Vaccination report Assam 1874-1896 - 1874-1896
Year: 1874
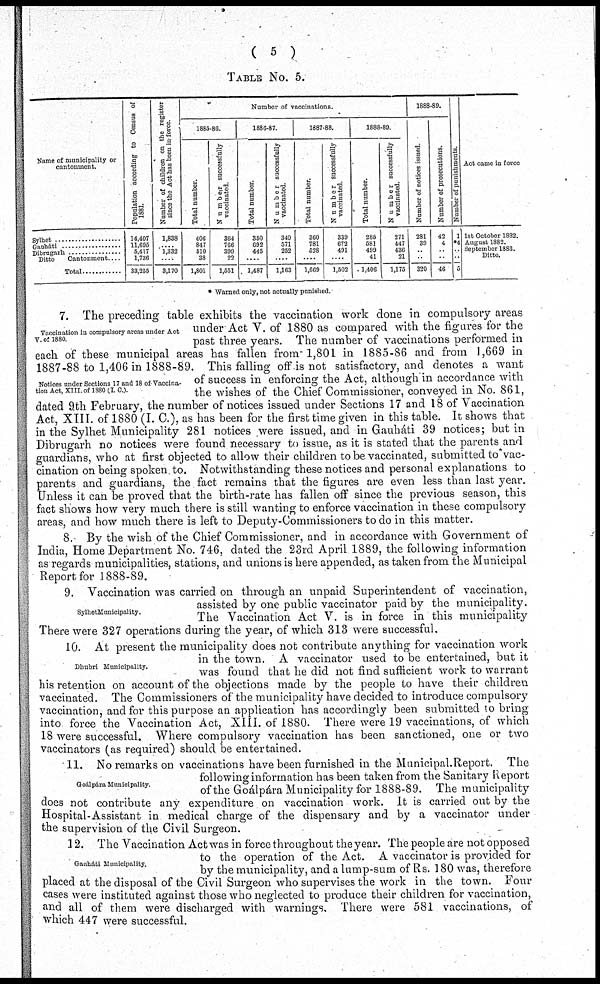
( 5 )
TABLE No. 5.
Name of municipality or
cantonment.
Sylhet ..................
Gauháti ...............
Dibrugarh ...............
Ditto
Cantonment ....
Total ............
Population according to Census of
1881.
14,407
11,695
5,417
1,736
38,255
Number of children on the register
since the Act has been in force.
1,888
..... 1,832
....
3,170
Number of vaccinations.
1885-86.
Total number.
406
847
510
38
1,801
Number successfully
vaccinated.
364
766
399
22
1,551
1886-87.
Total number.
350
692
445
....
1,487
Number successfully
vaccinated.
340
571
252
....
1,163
1887-88.
Total number.
360
781
528
....
1,669
Number successfully
vaccinated
339
672
491
...
1,502
1888-89
Total number.
285
581
499
41
1,406
Number successfully
vaccinated
271
447
436
21
1,175
1888-89.
Number of notices issued
281
39
.. ..
320
Number of prosecutions.
42
4
.. ..
46
Number of punishments.
1
*4
.. ..
5
Act came in force
1st October 1882.
August 1882.
September 1883.
Ditto.
* Warned only, not actually punished.
Vaccination in compulsory areas under Act
V. of 1880.
Notices under Sections 17 and 18 of Vaccina-
tion Act, XIII. of 1880 (I. C.).
7. The preceding table exhibits the vaccination work done in compulsory areas
under Act V. of 1880 as compared with the figures for the
past three years. The number of vaccinations performed in
each of these municipal areas has fallen from 1,801 in 1885-86 and from 1,669 in
1887-88 to 1,406 in 1888-89. This falling off is not satisfactory, and denotes a want
of success in enforcing the Act, although in accordance with
the wishes of the Chief Commissioner, conveyed in No. 861,
dated 9th February, the number of notices issued under Sections 17 and 18 of Vaccination
Act, XIII. of 1880 (I. C), as has been for the first time given in this table. It shows that
in the Sylhet Municipality 281 notices were issued, and in Gauháti 39 notices; but in
Dibrugarh no notices were found necessary to issue, as it is stated that the parents and
guardians, who at first objected to allow their children to be vaccinated, submitted to vac-
cination on being spoken to. Notwithstanding these notices and personal explanations to
parents and guardians, the fact remains that the figures are even less than last year.
Unless it can be proved that the birth-rate has fallen off since the previous season, this
fact shows how very much there is still wanting to enforce vaccination in these compulsory
areas, and how much there is left to Deputy-Commissioners to do in this matter.
8. By the wish of the Chief Commissioner, and in accordance with Government of
India, Home Department No. 746, dated the 23rd April 1889, the following information
as regards municipalities, stations, and unions is here appended, as taken from the Municipal
Report for 1888-89.
SylhetMunicipality.
9. Vaccination was carried on through an unpaid Superintendent of vaccination,
assisted by one public vaccinator paid by the municipality.
The Vaccination Act V. is in force in this municipality
There were 327 operations during the year, of which 313 were successful.
Dhubri Municipality.
10. At present the municipality does not contribute anything for vaccination work
in the town. A vaccinator used to be entertained, but it
was found that he did not find sufficient work to warrant
his retention on account of the objections made by the people to have their children
vaccinated. The Commissioners of the municipality have decided to introduce compulsory
vaccination, and for this purpose an application has accordingly been submitted to bring
into force the Vaccination Act, XIII. of 1880. There were 19 vaccinations, of which
18 were successful. Where compulsory vaccination has been sanctioned, one or two
vaccinators (as required) should be entertained.
Goálpára Municipality
11. No remarks on vaccinations have been furnished in the Municipal Report. The
following information has been taken from the Sanitary Report
of the Goálpára Municipality for 1888-89. The municipality
does not contribute any expenditure on vaccination work. It is carried out by the
Hospital-Assistant in medical charge of the dispensary and by a vaccinator under
the supervision of the Civil Surgeon.
Gauháti Municipality.
12. The Vaccination Act was in force throughout the year. The people are not opposed
to the operation of the Act. A vaccinator is provided for
by the municipality, and a lump-sum of Rs. 180 was, therefore
placed at the disposal of the Civil Surgeon who supervises the work in the town. Four
cases were instituted against those who neglected to produce their children for vaccination,
and all of them were discharged with warnings. There were 581 vaccinations, of
which 447 were successful.